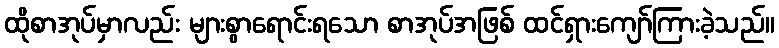
ထိုစာအုပ်မှာလည်း များစွာရောင်းရသော စာအုပ်အဖြစ် ထင်ရှားကျော်ကြားခဲ့သည်။